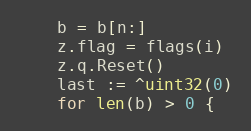
Language: Go
	b = b[n:]
	z.flag = flags(i)
	z.q.Reset()
	last := ^uint32(0)
	for len(b) > 0 {